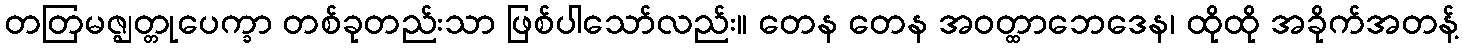
တတြမဇ္ဈတ္တုပေက္ခာ တစ်ခုတည်းသာ ဖြစ်ပါသော်လည်း။ တေန တေန အဝတ္ထာဘေဒေန၊ ထိုထို အခိုက်အတန့်